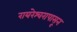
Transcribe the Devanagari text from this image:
रायरेश्वरापासून